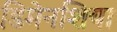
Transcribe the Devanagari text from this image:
डिमेनशिया